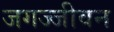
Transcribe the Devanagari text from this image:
जगज्जीवन